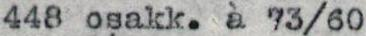
448 osakk. à 73/60